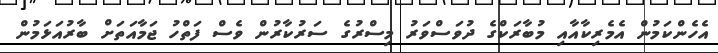
އެހެންކަމުން އެމެރިކާއާއި މުބާރަކްގެ ދުވަސްވަރު މިސްރުގެ ސަރުކާރުން ވެސް ފަތްހު ޖަމާއަތަށް ބާރުއަޅަމުން